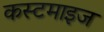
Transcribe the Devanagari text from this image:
कस्टमाइज